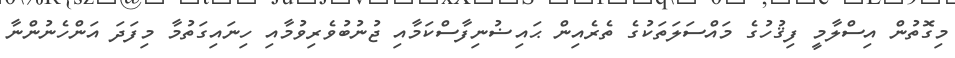
މިގޮތުން އިސްލާމީ ފިޤުހުގެ މައްސަލަތަކުގެ ތެރެއިން ޙައިޟުނިފާސްކަމާއި ޖުނުބުވެރިވުމާއި ހިނައިގަތުމާ މިފަދަ އަންހެނުންނާ